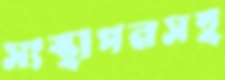
সংস্থাপনসহ